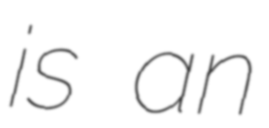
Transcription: is an